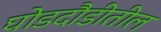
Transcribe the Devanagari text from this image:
घोडदौडीतील